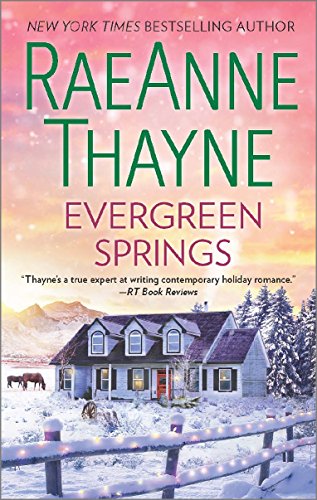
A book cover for Evergreen Springs (Haven Point); RaeAnne Thayne; Romance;